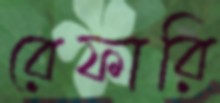
রেফারি